State Department UAP Cable 1, Papua New Guinea, January 28, 1985
Agency: Department of State
Incident date: 1/24/85
Incident location: Papua New Guinea
Page 1
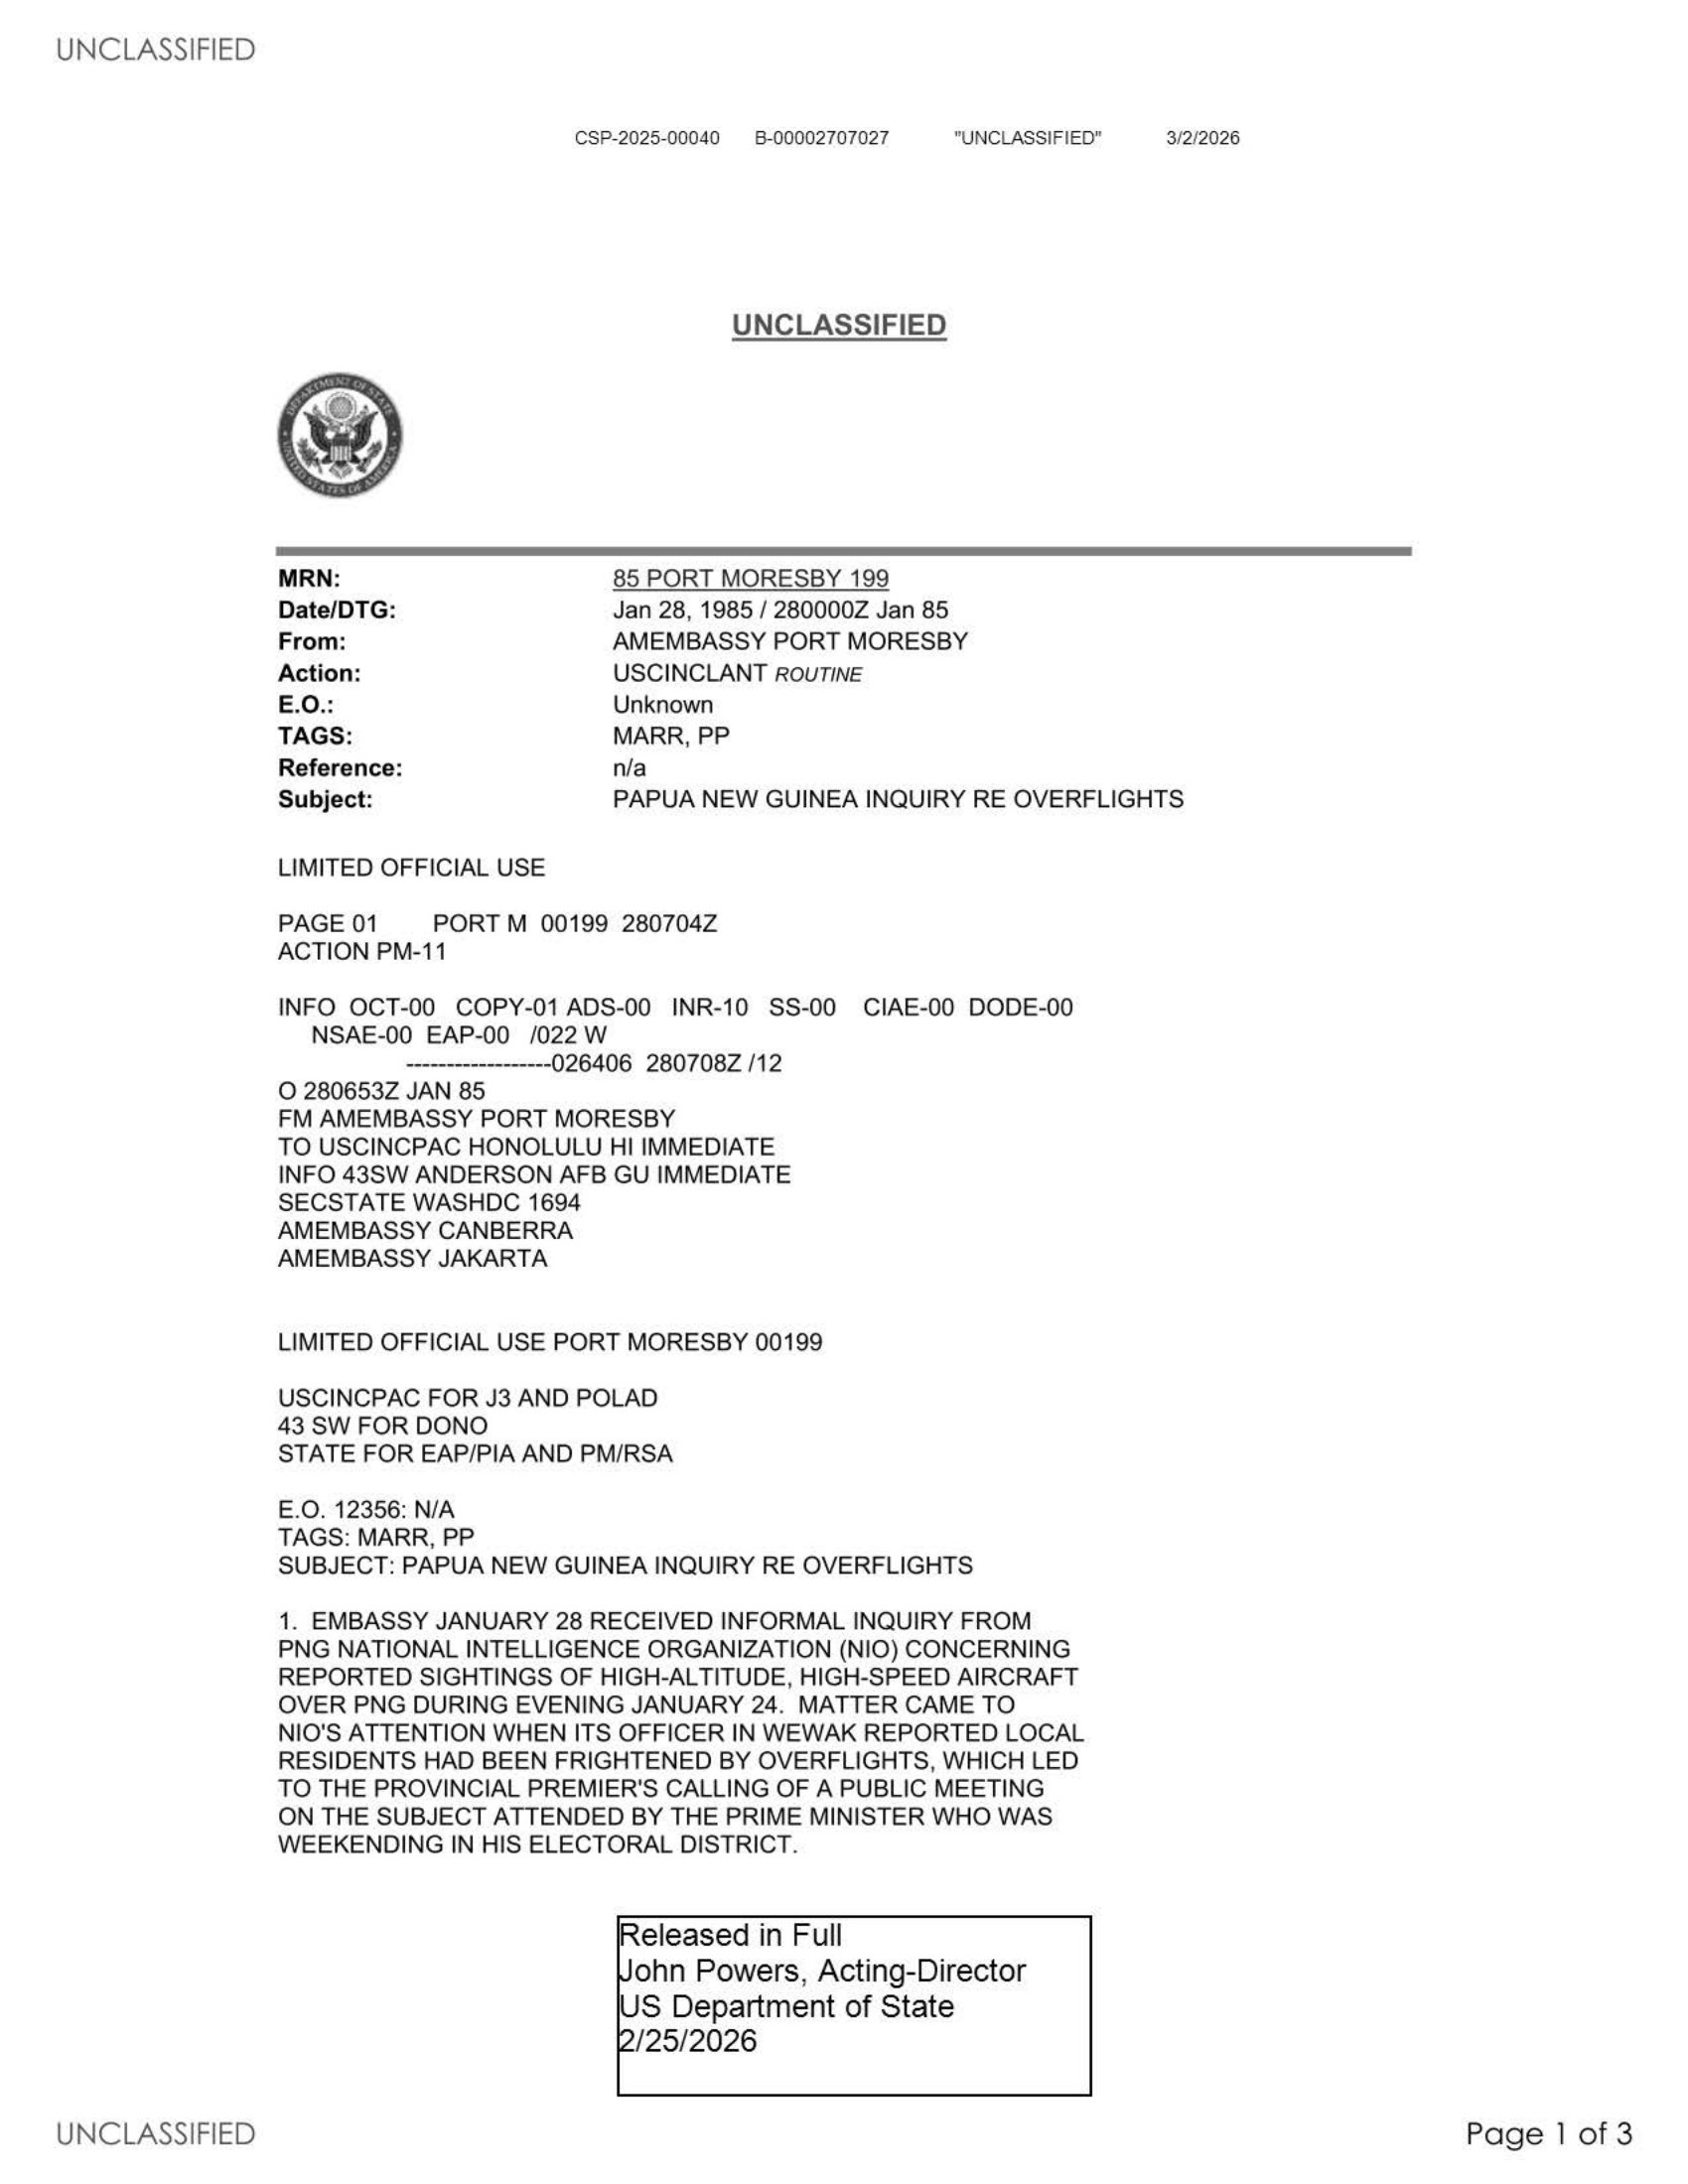